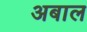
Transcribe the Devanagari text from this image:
अबाल